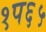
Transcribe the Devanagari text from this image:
१प६५